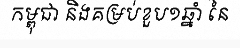
កម្ពុជា និងគម្រប់ខួប១ឆ្នាំ នៃ